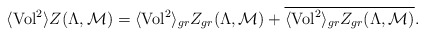
\begin{align*}\langle{\rm Vol}^2\rangle Z(\Lambda,{\cal M})=\langle{\rm Vol}^2\rangle_{gr} Z_{gr}(\Lambda,{\cal M})+\overline{\langle{\rm Vol}^2\rangle_{gr} Z_{gr}(\Lambda,{\cal M})}.\end{align*}